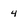
Character: 4